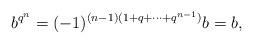
LaTeX: \begin{align*} b^{q^n}=(-1)^{(n-1)(1+q+\cdots+q^{n-1})}b=b, \end{align*}